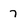
Character: 7